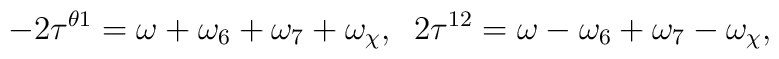
-2\tau^{\theta 1}=\omega+\omega_6+\omega_7+\omega_{\chi},\;\;2\tau^{12}=\omega-\omega_6+\omega_7-\omega_{\chi},